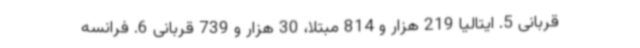
قربانی 5. ایتالیا 219 هزار و 814 مبتلا، 30 هزار و 739 قربانی 6. فرانسه